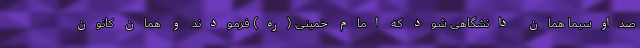
صداوسیما همان دانشگاهی شود که امام خمینی (ره) فرمودند و همان کانون